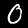
Label: 0